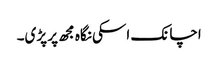
اچانک اسکی نگاہ مجھ پر پڑی۔